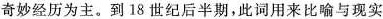
奇妙经历为主。到18世纪后半期，此词用来比喻与现实